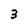
Character: 3